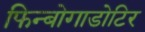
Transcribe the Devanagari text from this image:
फिन्बोगाडोटिर